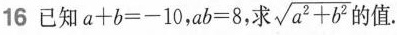
16 已知$$a + b = - 10$$，$$a b = 8$$，求 $$\sqrt { a^{ 2 } + b^{ 2 } }$$ 的值。